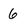
Character: 6